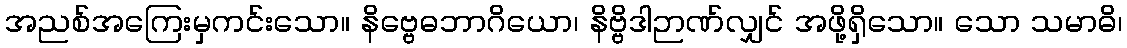
အညစ်အကြေးမှကင်းသော။ နိဗ္ဗေဓဘာဂိယော၊ နိဗ္ဗိဒါဉာဏ်လျှင် အဖို့ရှိသော။ သော သမာဓိ၊